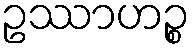
ဥဿာဟဉ္စ